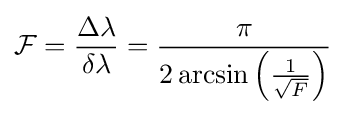
{\mathcal {F}}={\frac {\Delta \lambda }{\delta \lambda }}={\frac {\pi }{2\arcsin \left({\frac {1}{\sqrt {F}}}\right)}}